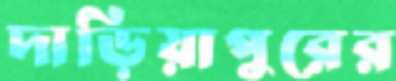
দাড়িয়াপুরের